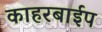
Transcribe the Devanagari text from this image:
काहरबाईप